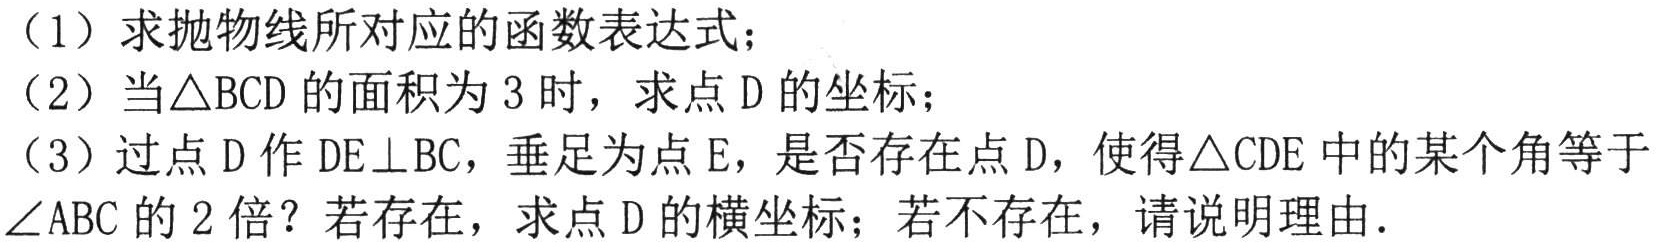
（1）求抛物线所对应的函数表达式；
（2）当\(\triangle BCD\)的面积为\(3\)时，求点\(D\)的坐标；
（3）过点\(D\)作\(DE\perp BC\)，垂足为点\(E\)，是否存在点\(D\)，使得\(\triangle CDE\)中的某个角等于\(\angle ABC\)的\(2\)倍？若存在，求点\(D\)的横坐标；若不存在，请说明理由.